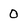
Character: 0